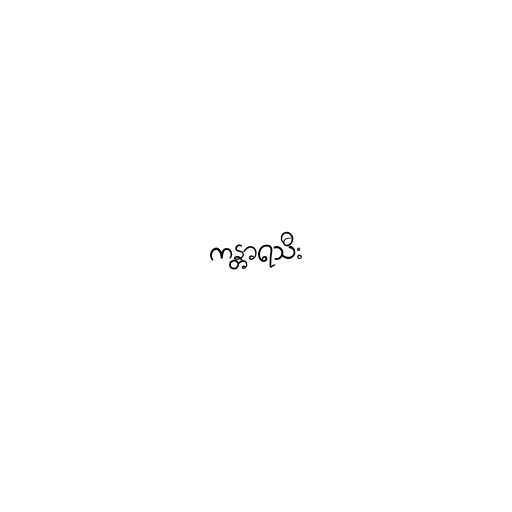
ကန္တာရသီး